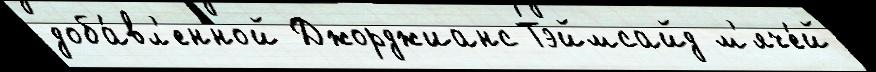
доба́вл'енной Джорджианс Тэймсайд м'яче́й